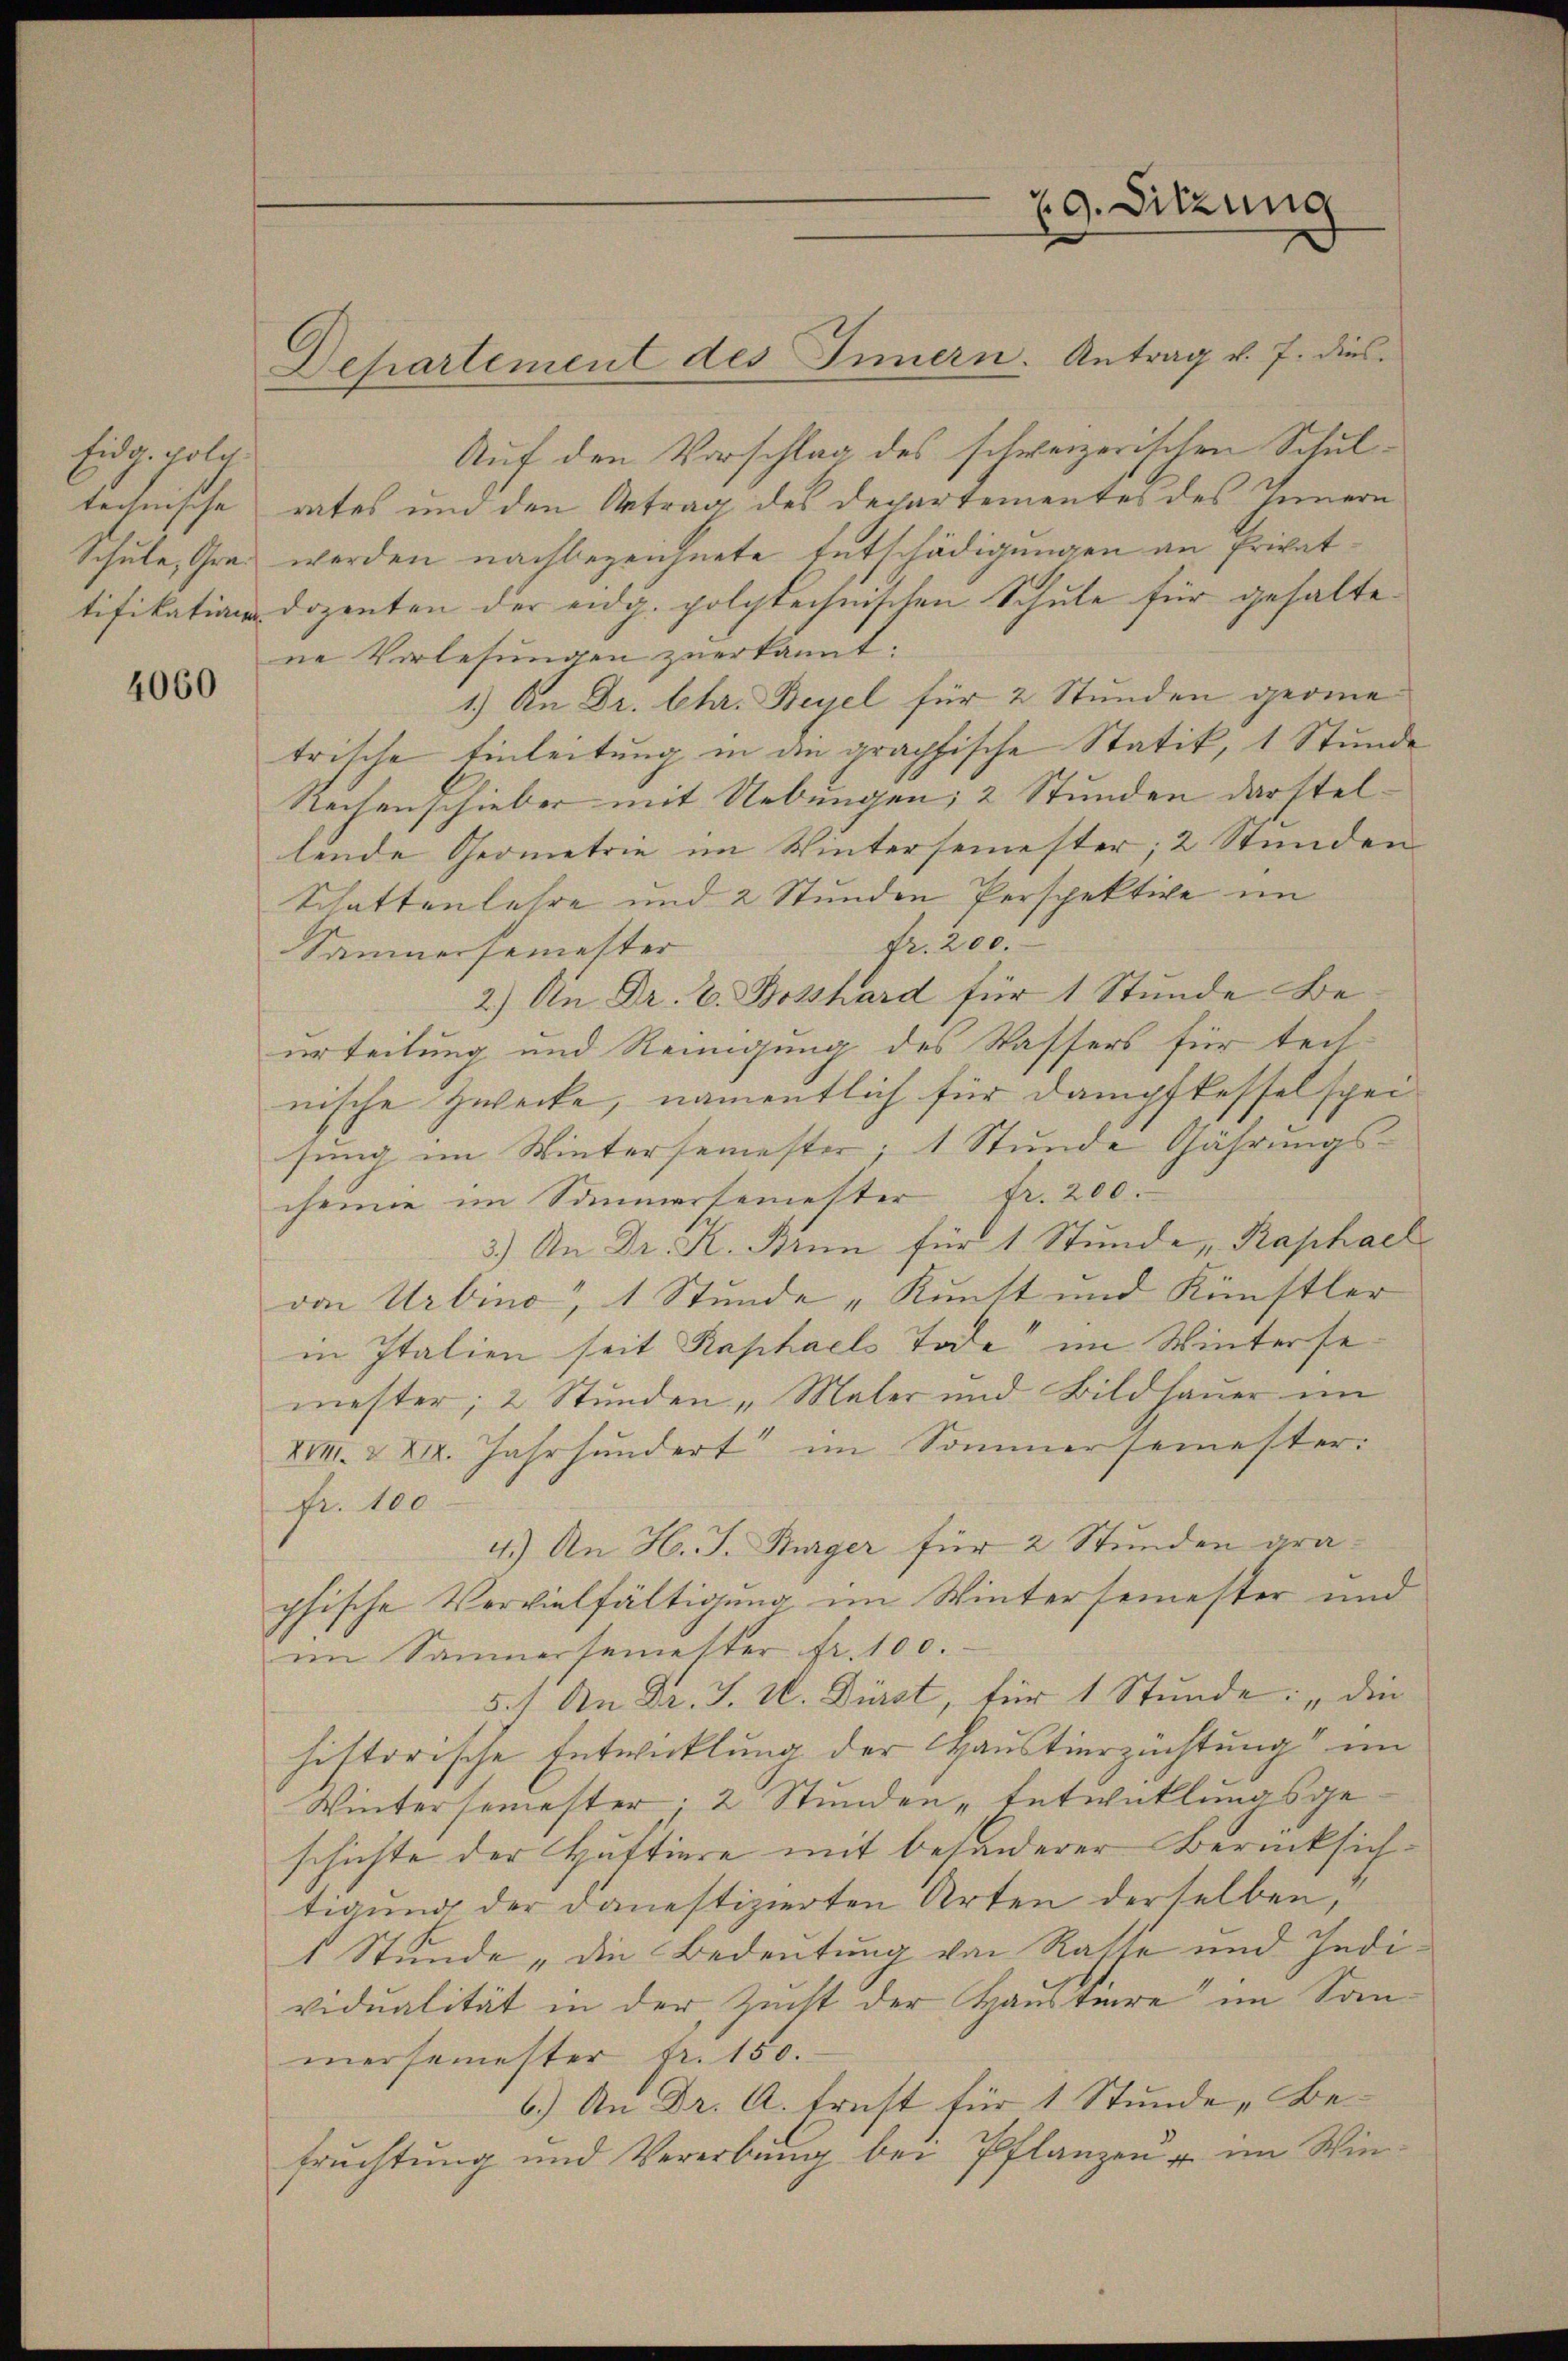
Eidg. folch

4060

Auf den Vorschlag des schweizerischen Schultechnische rates und den Antrag des Departementes des Innern
Schule, Graz werden nachbezeichnete Entschädigungen an Privattifikation Dozenten der eidg. polytechnischen Schule für gehaltene Vorlesungen zuerkannt:
1.) An Dr. Chr. Beyel für 2 Stunden geome
trische Einleitung in die graphische Statik, 1 Stunde
Rechenschieber mit Uebungen, 2 Stunden darstellende Geometrie im Wintersemester, 2 Stunden
Schattenlehre und 2 Stunden Perspektive im
fr. 200.
Sammersemester
2.) An Dr. E. Bosshard für 1 Stunde Beurteilung und Reinigung des Wassers für technische Zwecke, namentlich für Dampfkesselspei
sung im Wintersemester, 1 Stunde Gährungs-
chemie im Sommersemester fr. 200.
3.) An Dr. K. Brun für 1 Stunde; Raphael
von Urbino, 1 Stunde „Kuntt und Künstler
in Italien seit Raphaels Tode im Wintersemester, 2 Stunden „Maler und Bildhaŭer im
XVI. & XII. Jahrhundert im Sommersemester.
Fr. 100
4.) An H. J. Bürger für 2 Stunden graphische Vervielfältigung im Wintersemester und
im Sammersemester fr. 100.
5.) An Dr. J. U. Dürst, für 1 Stunde: „die
historische Entwicklung der Haustierzichtung im
Wintersemester, 2 Stunden „Entwicklungsgeschichte der Huttiere mit besonderer Berücksichtigung der dauestizierten Arten derselben,
1 Stunde „die Bedeutung von Rathe und Individualität in der Zucht der Haustüre im San
mersemester fr. 150.
6.) An Dr. A. Ernst für 1 Stunde Befruchtung und Vererbung bei Pflanzen u. im Win¬

Departement des Innern. Antrag v. 7. dies

29. Sitzung